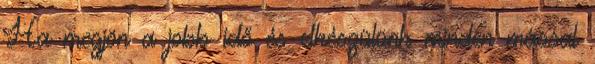
Ha megjön a jobb idő és elkészülünk minden mással